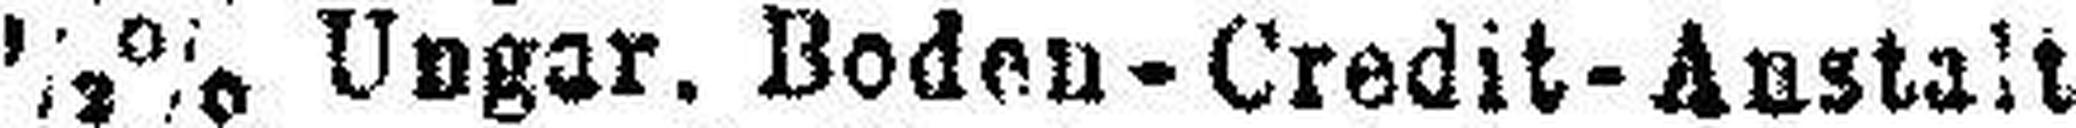
###½% Ungar. Boden-Credit-Anstalt